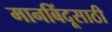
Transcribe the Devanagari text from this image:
मानबिंदूसाठी